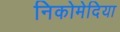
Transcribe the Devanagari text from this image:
निकोमेदिया